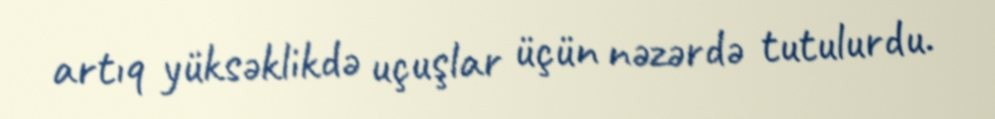
artıq yüksəklikdə uçuşlar üçün nəzərdə tutulurdu.